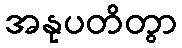
အနုပတိတွာ